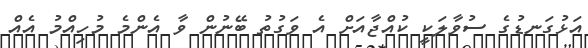
އަޅުގަނޑުގެ ސުވާލަކީ ކުއްޖާއަށް އެ ވަގުތު ބޭނުން ވާ އެންމެ މުހިއްމު އެއް